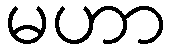
မဟာ